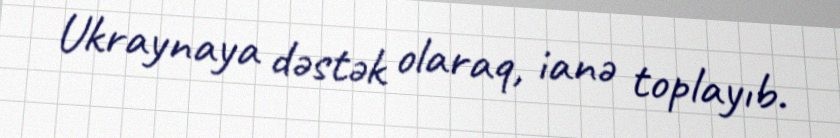
Ukraynaya dəstək olaraq, ianə toplayıb.